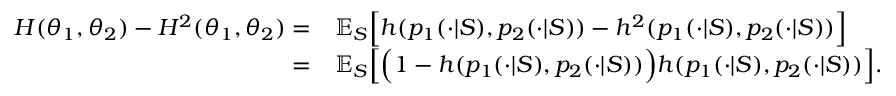
\begin{array} { r l } { H ( \theta _ { 1 } , \theta _ { 2 } ) - H ^ { 2 } ( \theta _ { 1 } , \theta _ { 2 } ) = } & { \mathbb { E } _ { S } \Big [ h ( p _ { 1 } ( \cdot | S ) , p _ { 2 } ( \cdot | S ) ) - h ^ { 2 } ( p _ { 1 } ( \cdot | S ) , p _ { 2 } ( \cdot | S ) ) \Big ] } \\ { = } & { \mathbb { E } _ { S } \Big [ \Big ( 1 - h ( p _ { 1 } ( \cdot | S ) , p _ { 2 } ( \cdot | S ) ) \Big ) h ( p _ { 1 } ( \cdot | S ) , p _ { 2 } ( \cdot | S ) ) \Big ] . } \end{array}